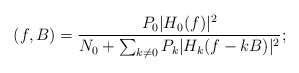
\begin{align*}(f,B) = \frac{P_{0}|H_{0}(f)|^2 }{N_{0} + \sum_{k\neq 0}P_{k}|H_{k}(f-kB)|^2 };\end{align*}